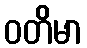
ဝတိမာ